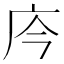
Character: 庈